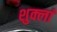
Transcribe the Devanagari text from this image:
शुक्लां